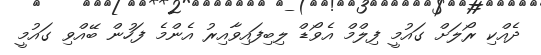
ދެއްކި ރޯލަށް ގައުމީ ފިލްމް އެވޯޑް ލިބިފައިވާއިރު އެންމެ ފަހުން ބޭއްވި ގައުމީ